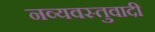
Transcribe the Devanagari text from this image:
नव्यवस्तुवादी